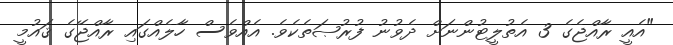
"އެއީ ރާއްޖެގެ 3 އެތުލީޓުންނަށް ދެވުނު ފުރުޞަތެކެވެ. އެއްވެސް ހާލެއްގައި ރާއްޖޭގެ ޤައުމީ